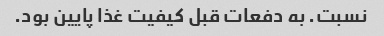
نسبت. به دفعات قبل کیفیت غذا پایین بود.